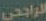
الراجحي